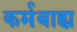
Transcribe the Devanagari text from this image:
कर्मबाह्य